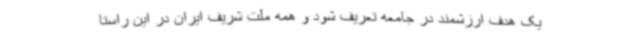
یک هدف ارزشمند در جامعه تعریف شود و همه ملت شریف ایران در این راستا